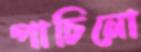
পাচিনো